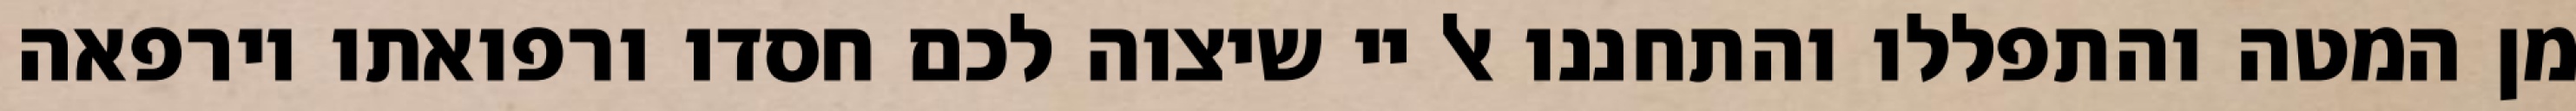
מן המטה והתפללו והתחננו אל יי שיצוה לכם חסדו ורפואתו וירפאה